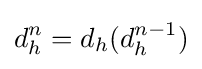
d_{h}^{n}=d_{h}(d_{h}^{n-1})